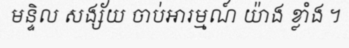
មន្ទិល សង្ស័យ ចាប់អារម្មណ៍ យ៉ាង ខ្លាំង ។